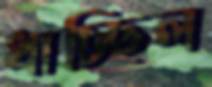
ধাচ্ছিল